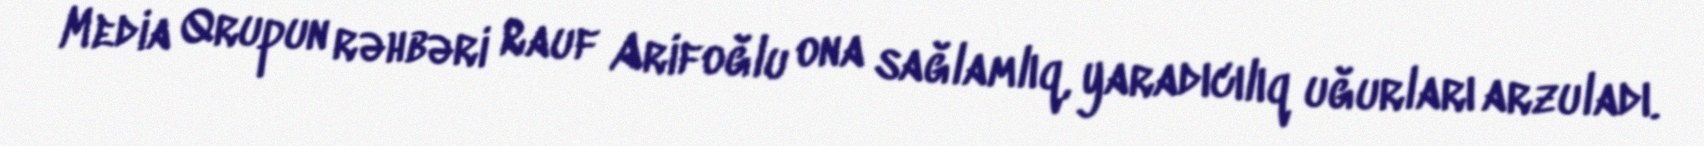
Media Qrupun rəhbəri Rauf Arifoğlu ona sağlamlıq, yaradıcılıq uğurları arzuladı.